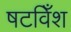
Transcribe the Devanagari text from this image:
षटविँश